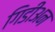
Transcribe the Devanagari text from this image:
गिडीअन